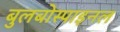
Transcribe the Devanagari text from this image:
बुलबोस्पाइनल